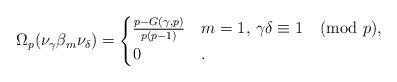
LaTeX: \begin{align*}\Omega_p(\nu_{\gamma}\beta_m\nu_{\delta}) = \begin{cases} \frac{p - G(\gamma,p)}{p(p-1)} & m = 1, \, \gamma\delta \equiv 1 \pmod p,\\ 0 & . \end{cases} \end{align*}